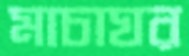
মাচাঘর